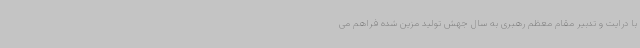
با درایت و تدبیر مقام معظم رهبری به سال جهش تولید مزین شده فراهم می